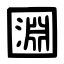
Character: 㘤